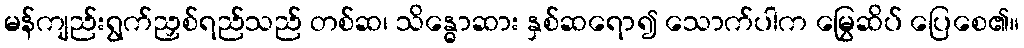
မန်ကျည်းရွက်ညှစ်ရည်သည် တစ်ဆ၊ သိန္ဓောဆား နှစ်ဆရော၍ သောက်ပါက မြွေဆိပ် ပြေစေ၏။